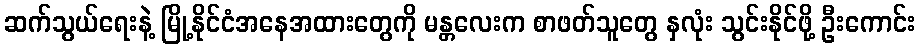
ဆက်သွယ်ရေးနဲ့ မြို့နိုင်ငံအနေအထားတွေကို မန္တလေးက စာဖတ်သူတွေ နှလုံး သွင်းနိုင်ဖို့ ဦးကောင်း